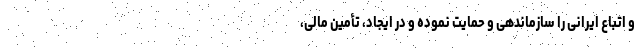
و اتباع ایرانی را سازماندهی و حمایت نموده و در ایجاد، تأمین مالی،